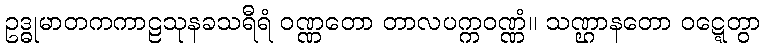
ဥဒ္ဓုမာတကကာဠသုနခသရီရံ ဝဏ္ဏတော တာလပက္ကဝဏ္ဏံ။ သဏ္ဌာနတော ဝဋ္ဋေတွာ